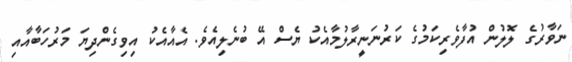
ނަވާރުގެ ލޮލުން އުފާވެރިކަމުގެ ކަރުނަނީރާލުމާއެކު ޔެސް އޭ ބުނެލިއެވެ. އެއާއެކު އިވިގެންދިޔަ މަރުހަބާއާއި